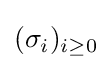
(\sigma _{i})_{i\geq 0}